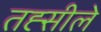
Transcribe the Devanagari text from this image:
तह्सीले